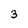
Character: 3